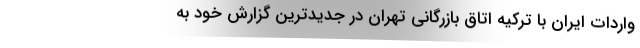
واردات ایران با ترکیه اتاق بازرگانی تهران در جدیدترین گزارش خود به